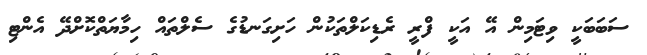
ސަބަބަކީ ވިޓަމިން އޭ އަކީ ފްރީ ރެޑިކަލްތަކުން ހަށިގަނޑުގެ ސެލްތައް ހިމާޔަތްކޮށްދޭ އެންޓި